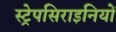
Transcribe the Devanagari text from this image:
स्ट्रेपसिराइनियों